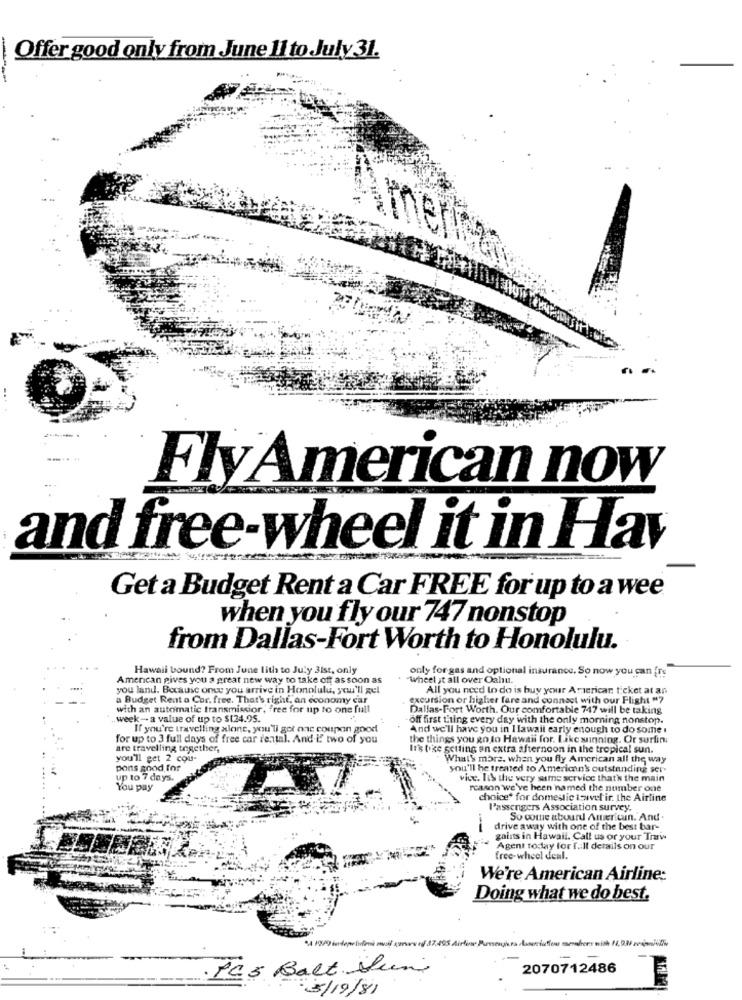
Offer good only from June 11 to July 31.
..... ..
FlyAmerican now
and free-wheel it in Hav
Get a Budget Rent a Car FREE for up to a wee
when you fly our 747 nonstop
from Dallas-Fort Worth to Honolulu.
Hawaii bound? From June lith to July 3ist, only
only for gas and optional insurance. So now you can fre
American gives you a great new way to take off as soon as
-Wheel it all over Oahu.
you land. Because onee you arrive in Honolulu, you'll gel
All you need to do is buy your American ticket at an
a Budget Rent a Car. free. That's right, an economy car
excursion or higher fare and connect with our Flight "7
with an automatic transmission, free for up to one full
Dallas-Fort Worth. Our comfortable 747 will be taking
week- a value of up to $124.95.
off first thing every day with the only morning nonstop.
If you're travelling alone, you'li got one coupon good
And we'll have you in I lawait early enough to do some
for up to 3 full days of free car rental. And if two of you
the things you go to Hawaii for. Like sunning. Or surfini
are travelling together,
It's tike getting an extra afternoon in the tropical sun.
you'll get 2 cou-
What's more. when you fly American all the way
pons good for
you'll be treated to American's outstanding ser-
up to 7 days.
vice. It's the very same service thath the main
You pay
reason we've been named the number one
choice* for domestic travel ir. the Airline
l'assengers Association survey.
So come abuurd American. And.
drive away with one of the best bar-
gains in Hawaii. Call us or your Traw
Agent today for f. Il details on our
free-wheel deal.
We're American Airline:
Doing what we do best.
*4 1909 in deprisini muj sınavı of 37.495 Airline Prejuna Lusriunioni mmaber: wish 1.080 zvýmilk
·165 Balt un
2070712486
5/19/81